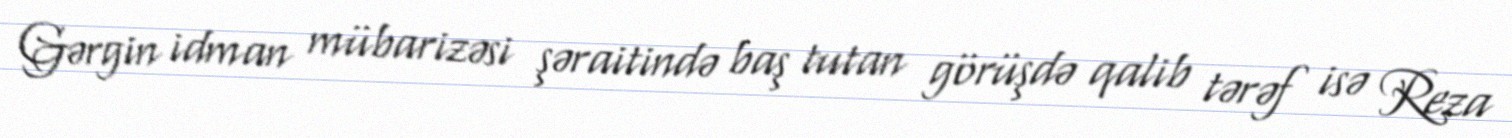
Gərgin idman mübarizəsi şəraitində baş tutan görüşdə qalib tərəf isə Reza